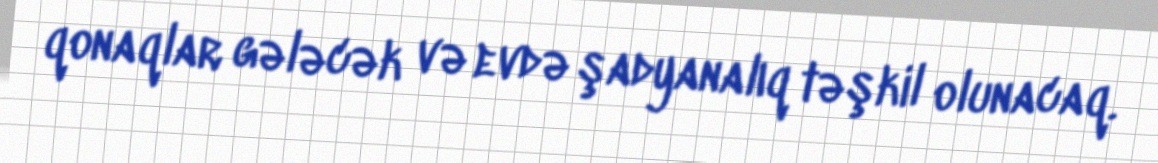
qonaqlar gələcək və evdə şadyanalıq təşkil olunacaq.